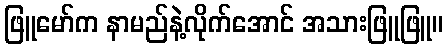
ဖြူမော်က နာမည်နဲ့လိုက်အောင် အသားဖြူဖြူ။